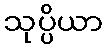
သုပ္ပိယာ